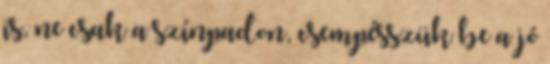
is, ne csak a színpadon, csempésszük be a jó